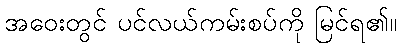
အဝေးတွင် ပင်လယ်ကမ်းစပ်ကို မြင်ရ၏။